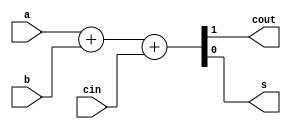
`timescale 1ns / 1ps
//////////////////////////////////////////////////////////////////////////////////
// Company: 
// Engineer: 
// 
// Design Name: 
// Module Name: fullAdder
// Project Name: 
// Target Devices: 
// Tool Versions: 
// Description: 
// 
// Dependencies: 
// 
// Revision:
// Revision 0.01 - File Created
// Additional Comments:
// 
//////////////////////////////////////////////////////////////////////////////////


module fullAdder(
    output cout,
    output s,
    input a,
    input b,
    input cin
    );
//    reg cout,s;
//    always @(a or b or cin)
//    begin
//        {cout,s} = a+b+cin;
//    end
    assign {cout,s} = a + b + cin;
endmodule